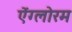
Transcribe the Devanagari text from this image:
ऐंग्लोरम